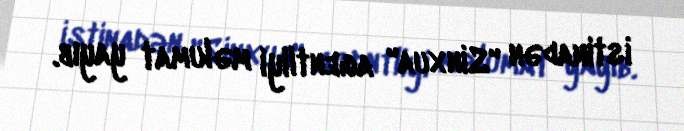
istinadən "Sinxua" agentliyi məlumat yayıb.